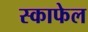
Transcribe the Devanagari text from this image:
स्काफेल